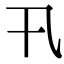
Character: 卂